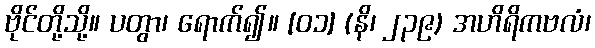
ဗိုင်တို့သို့။ ပတွာ၊ ရောက်၍။ [၀၁] (နိ၊ ၂၃၉) အဟိရိကဗလံ၊